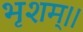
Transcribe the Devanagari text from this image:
भृशम्।।